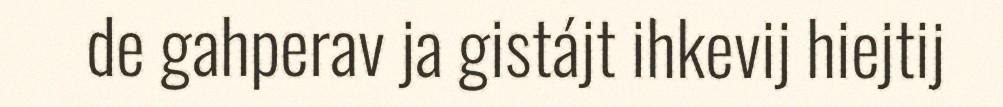
de gahperav ja gistájt ihkevij hiejtij